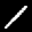
Label: 1